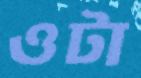
ওটা